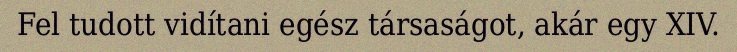
Fel tudott vidítani egész társaságot, akár egy XIV.